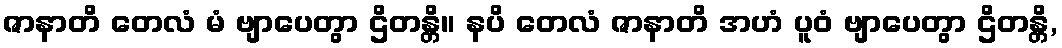
ဇာနာတိ တေလံ မံ ဗျာပေတွာ ဌိတန္တိ။ နပိ တေလံ ဇာနာတိ အဟံ ပူဝံ ဗျာပေတွာ ဌိတန္တိ,